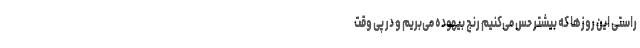
راستی این روزها که بیشتر حس می‌کنیم رنج بیهوده می‌بریم و در پی وقت